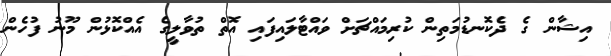
އިޝާން ގެ ދެކޮނޑުމަތިން ކުރިމައްޗަށް ވައްޓާލައިފައި އޮތް ތުވާލީގެ އެއްކޮޅުން މޫނު ފުހެން